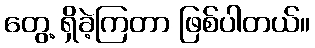
တွေ့ ရှိခဲ့ကြတာ ဖြစ်ပါတယ်။